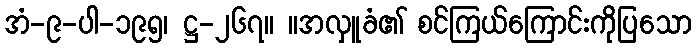
အံ-၉-ပါ-၁၉၅၊ ဋ္ဌ-၂၆၇။ ။အလှူခံ၏ စင်ကြယ်ကြောင်းကိုပြသော